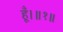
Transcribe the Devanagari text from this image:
हूँ।॥१॥